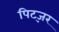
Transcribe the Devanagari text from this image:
पिट्ज़र